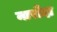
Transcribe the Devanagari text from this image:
नारोंदा